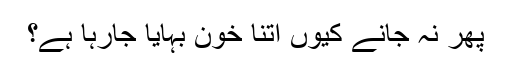
پھر نہ جانے کیوں اتنا خون بہایا جارہا ہے؟